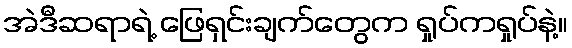
အဲဒီဆရာရဲ့ ဖြေရှင်းချက်တွေက ရှုပ်ကရှုပ်နဲ့။